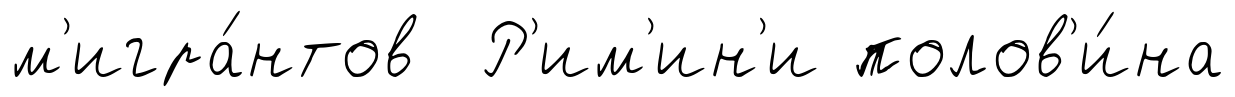
м'игра́нтов Р'им'ин'и полов'и́на